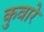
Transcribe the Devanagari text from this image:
कुवारे